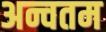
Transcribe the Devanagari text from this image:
अन्चतम